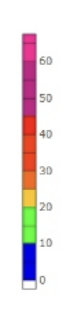
Blue: 0 to 10
Green: 10 to 20
Yellow: 20 to 25
Orange: 25 to 30
Dark Orange: 30 to 35
Red: 35 to 45
Magenta: 45 to 60
Pink: 60 to 68